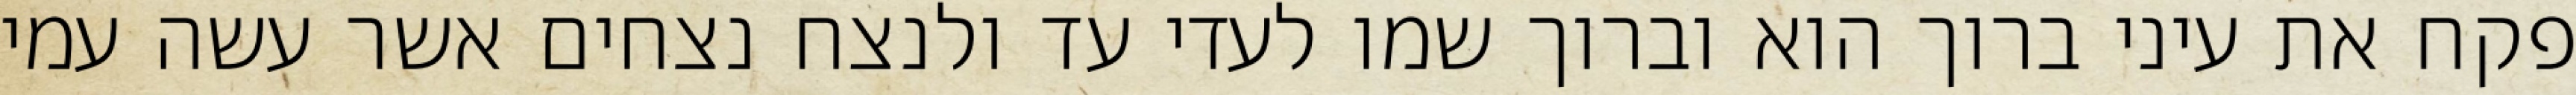
פקח את עיני ברוך הוא וברוך שמו לעדי עד ולנצח נצחים אשר עשה עמי